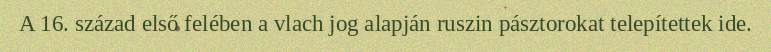
A 16. század első felében a vlach jog alapján ruszin pásztorokat telepítettek ide.